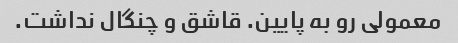
معمولی رو به پایین. قاشق و چنگال نداشت.